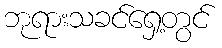
ဘုရားသခင်ရှေ့တွင်